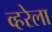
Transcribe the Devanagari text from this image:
व्हरेला